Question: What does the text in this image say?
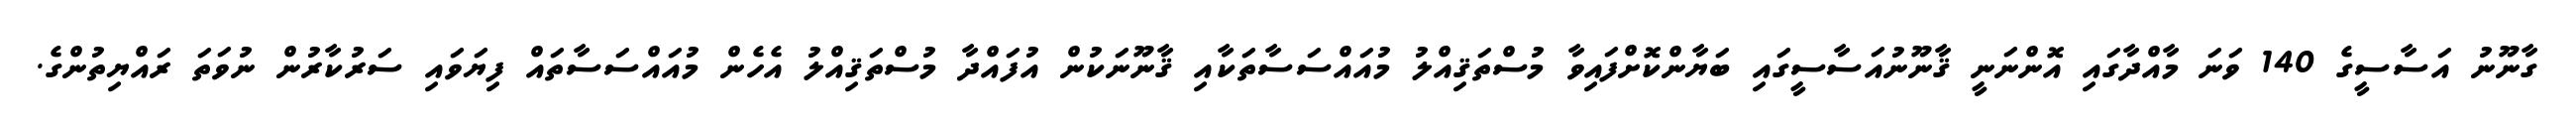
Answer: ގާނޫނު އަސާސީގެ 140 ވަނަ މާއްދާގައި އޮންނަނީ ޤާނޫނުއަސާސީގައި ބަޔާންކޮށްފައިވާ މުސްތަޤިއްލު މުއައްސަސާތަކާއި ޤާނޫނަކުން އުފައްދާ މުސްތަޤިއްލު އެހެން މުއައްސަސާތައް ފިޔަވައި ސަރުކާރުން ނުވަތަ ރައްޔިތުންގެ.